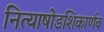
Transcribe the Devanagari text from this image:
नित्याषोडशिकार्णव